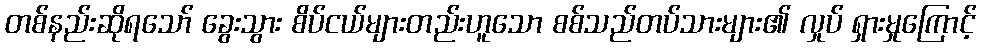
တစ်နည်းဆိုရသော် ခွေးသွား စိပ်ငယ်များတည်းဟူသော စစ်သည်တပ်သားများ၏ လှုပ် ရှားမှုကြောင့်